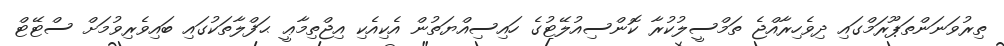
ތިރުވަނަންތަޕޫރަމްގައި ދިވެހިރާއްޖެ ތަމްސީލުކުރާ ކޮންސިއުލޭޓުގެ ހައިސިއްޔަތުން އެކިއެކި އިޖްތިމާޢީ ޙަފްލާތަކުގައި ބައިވެރިވުމަށް ސްޓޭޓް